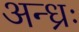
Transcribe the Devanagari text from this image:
अन्ध्रः